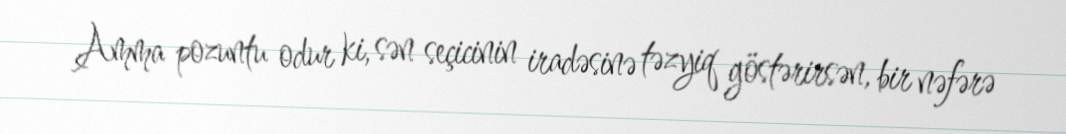
Amma pozuntu odur ki, sən seçicinin iradəsinə təzyiq göstərirsən, bir nəfərə